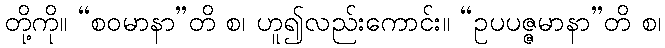
တို့ကို။ “စဝမာနာ”တိ စ၊ ဟူ၍လည်းကောင်း။ “ဥပပဇ္ဇမာနာ”တိ စ၊